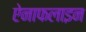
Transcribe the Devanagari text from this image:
ऐनाफलाइन